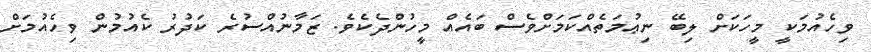
ވިހެއުމަކީ މީހަކަށް ލިބޭ ނިޢުމަތެއްކަމަށްވެސް ބައެއް މީހުންދެކެވެ. ޒަމާނުއްސުރެ ކަދުރު ކެއުމުން ވިހެއުމަށް